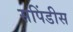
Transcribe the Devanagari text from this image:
सपिंडीस